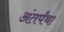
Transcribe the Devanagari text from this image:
अंतर्पंथा